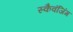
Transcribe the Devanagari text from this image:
स्कैवंजिंग